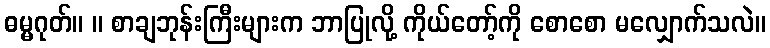
ဓမ္မဂုတ်။ ။ စာချဘုန်းကြီးများက ဘာပြုလို့ ကိုယ်တော့်ကို စောစော မလျှောက်သလဲ။